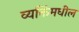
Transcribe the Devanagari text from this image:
व्यक्तिंमधील